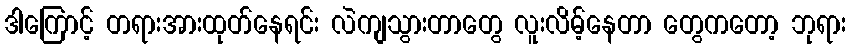
ဒါကြောင့် တရားအားထုတ်နေရင်း လဲကျသွားတာတွေ လူးလိမ့်နေတာ တွေကတော့ ဘုရား